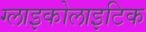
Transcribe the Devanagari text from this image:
ग्लाइकोलाइटिक